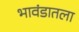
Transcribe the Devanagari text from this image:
भावंडातला